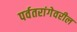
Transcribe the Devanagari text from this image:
पर्वतरांगेवरील